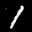
Label: 1